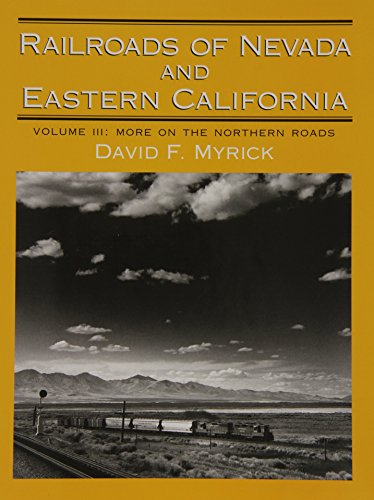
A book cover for Railroads of Nevada and Eastern California, Vol. 3: More on the Northern Roads; David F. Myrick; Arts & Photography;